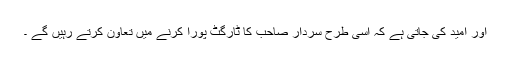
اور امید کی جاتی ہے کہ اسی طرح سردار صاحب کا ٹارگٹ پورا کرنے میں تعاون کرتے رہیں گے ۔